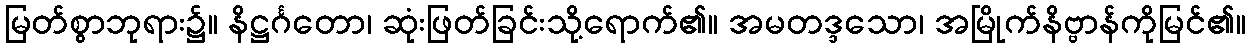
မြတ်စွာဘုရား၌။ နိဋ္ဌင်္ဂတော၊ ဆုံးဖြတ်ခြင်းသို့ရောက်၏။ အမတဒ္ဒသော၊ အမြိုက်နိဗ္ဗာန်ကိုမြင်၏။